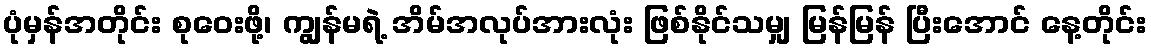
ပုံမှန်အတိုင်း စုဝေးဖို့၊ ကျွန်မရဲ့ အိမ်အလုပ်အားလုံး ဖြစ်နိုင်သမျှ မြန်မြန် ပြီးအောင် နေ့တိုင်း